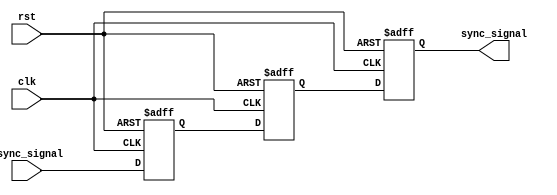
module triple_ff_synchronizer (
    input wire async_signal,  // Asynchronous input signal
    input wire clk,           // Clock signal from the receiving clock domain
    input wire rst,           // Optional reset signal
    output reg sync_signal     // Synchronized output signal
);

// Internal flip-flop signals
reg ff1_out;
reg ff2_out;

// Sequential logic for the flip-flops
always @(posedge clk or posedge rst) begin
    if (rst) begin
        ff1_out <= 1'b0;   // Initialize FF1 output to 0
        ff2_out <= 1'b0;   // Initialize FF2 output to 0
        sync_signal <= 1'b0; // Initialize sync signal to 0
    end else begin
        ff1_out <= async_signal; // Sample async_signal in FF1
        ff2_out <= ff1_out;      // Pass FF1 output to FF2
        sync_signal <= ff2_out;  // Pass FF2 output to sync_signal (FF3)
    end
end

endmodule